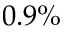
0 . 9 \%